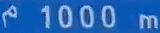
1000 m